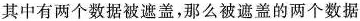
其中有两个数据被遮盖，那么被遮盖的两个数据